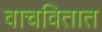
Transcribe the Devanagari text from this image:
वाचवितात